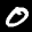
Label: 0